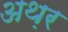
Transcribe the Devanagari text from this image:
अथ़र